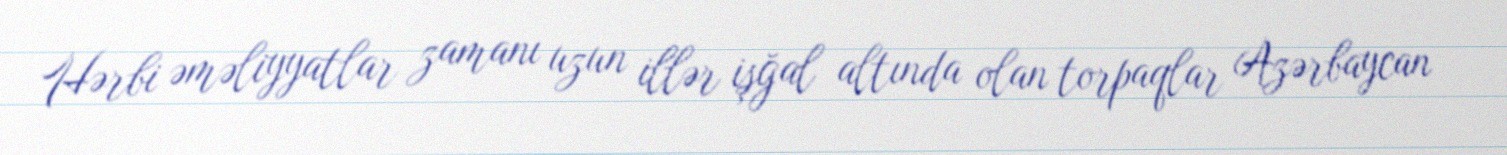
Hərbi əməliyyatlar zamanı uzun illər işğal altında olan torpaqlar Azərbaycan